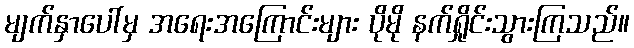
မျက်နှာပေါ်မှ အရေးအကြောင်းများ ပိုမို နက်ရှိုင်းသွားကြသည်။